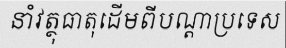
នាំវត្ថុធាតុដើមពីបណ្តាប្រទេស